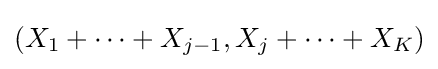
\left(X_{1}+\cdots +X_{j-1},X_{j}+\cdots +X_{K}\right)